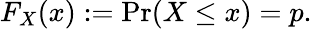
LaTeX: F_{X}(x):=\operatorname*{Pr}(X\leq x)=p.